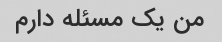
من یک مسئله دارم